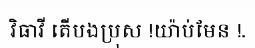
វិធាវី តើបងប្រុស !យ៉ាប់មែន !.